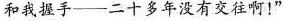
和我握手——二十多年没有交往啊！”